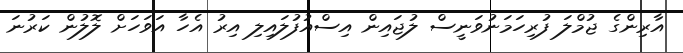
އާރިންގެ ޖުމްލަ ފުރިހަމަނުވަނީސް ލުޖައިން އިސްއުފުލައިލި އިރު އެހާ އަވަހަށް ލޮލުން ކަރުނަ